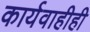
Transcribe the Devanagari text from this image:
कार्यवाहीही